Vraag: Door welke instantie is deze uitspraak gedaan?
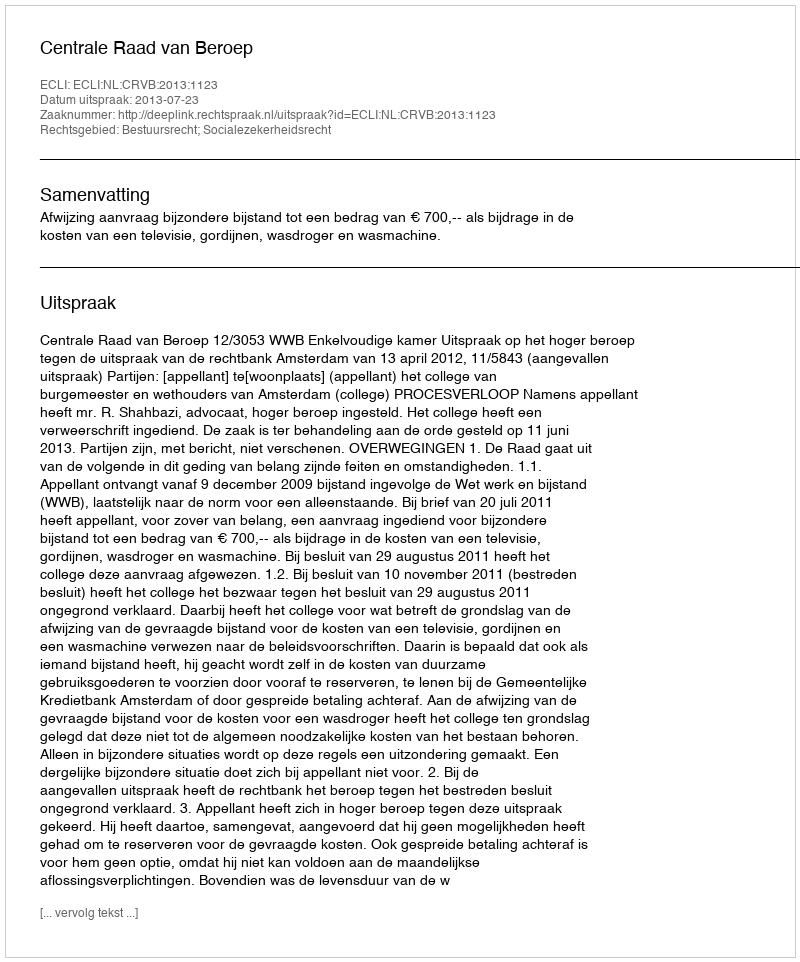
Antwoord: Centrale Raad van Beroep